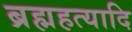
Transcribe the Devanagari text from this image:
ब्रह्महत्यादि